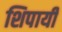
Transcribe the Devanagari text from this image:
शिपायी